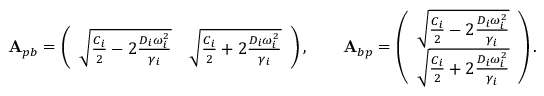
\mathbf { A } _ { p b } = \left( \begin{array} { l l } { \sqrt { \frac { C _ { i } } { 2 } - 2 \frac { D _ { i } \omega _ { i } ^ { 2 } } { \gamma _ { i } } } } & { \sqrt { \frac { C _ { i } } { 2 } + 2 \frac { D _ { i } \omega _ { i } ^ { 2 } } { \gamma _ { i } } } } \end{array} \right) , \qquad \mathbf { A } _ { b p } = \left( \begin{array} { l } { \sqrt { \frac { C _ { i } } { 2 } - 2 \frac { D _ { i } \omega _ { i } ^ { 2 } } { \gamma _ { i } } } } \\ { \sqrt { \frac { C _ { i } } { 2 } + 2 \frac { D _ { i } \omega _ { i } ^ { 2 } } { \gamma _ { i } } } } \end{array} \right) .